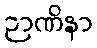
ဉာဏိနာ